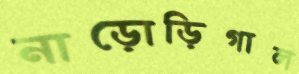
নাড়োড়িগাল